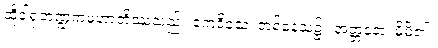
ထိုဒါရုဘဏ္ဍကမဟာတိဿသည်။ ဧကဒိဝသံ၊ တစ်နေ့သ၌။ အတ္တနော၊ မိမိ၏။